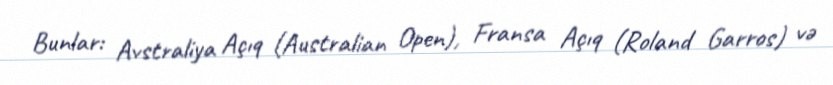
Bunlar: Avstraliya Açıq (Australian Open), Fransa Açıq (Roland Garros) və